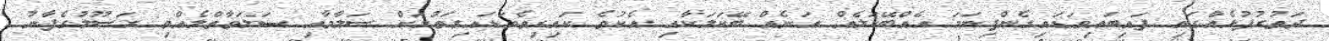
ދަތުރުފުޅެއްގައި ފައިބައިވަޑައިގެންފިނަމަ އެއްބޭކަލެއް އަނެއް ބޭކަލަކާއި އެކުވެ ކައިރިވެވަޑައިގަތުމަށް ސަލާމާއި ޞަލަވާތްލެއްވި ރަސޫލުގެފާނު